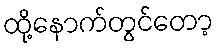
ထို့နောက်တွင်တော့